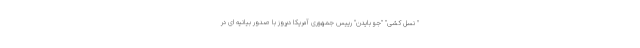
" نسل کشی" "جو بایدن" رییس جمهوری آمریکا دیروز با صدور بیانیه ای در